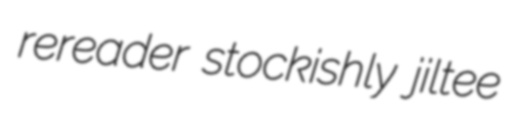
rereader stockishly jiltee